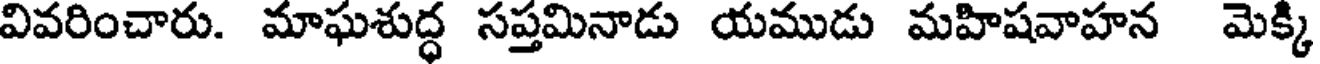
వివరించారు. మాఘశుద్ధ సప్తమినాడు యముడు మహిషవాహన మెక్కి